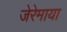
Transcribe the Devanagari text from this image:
जेरेमाया